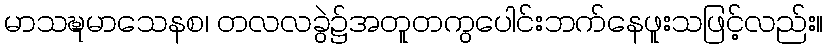
မာသဍ္ဎမာသေနစ၊ တလလခွဲ၌အတူတကွပေါင်းဘက်နေဖူးသဖြင့်လည်း။